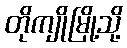
တိုကျိုမြို့သို့